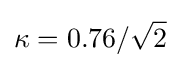
\kappa =0.76/{\sqrt {2}}